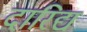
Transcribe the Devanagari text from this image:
दारिद्य